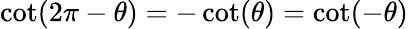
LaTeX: \cot(2\pi-\theta)=-\cot(\theta)=\cot(-\theta)